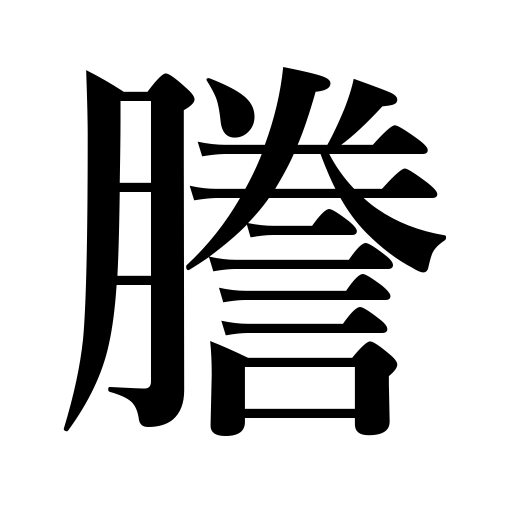
Meanings: copy